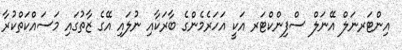
އިންޓަރނަލް އޭނަލް ސްފިންކްޓަރ އަކީ އަހަރެމެންގެ ބާރަކާއި ނުލައި އޭގެ ޒާތުގައި މަސައްކަތްކުރާ